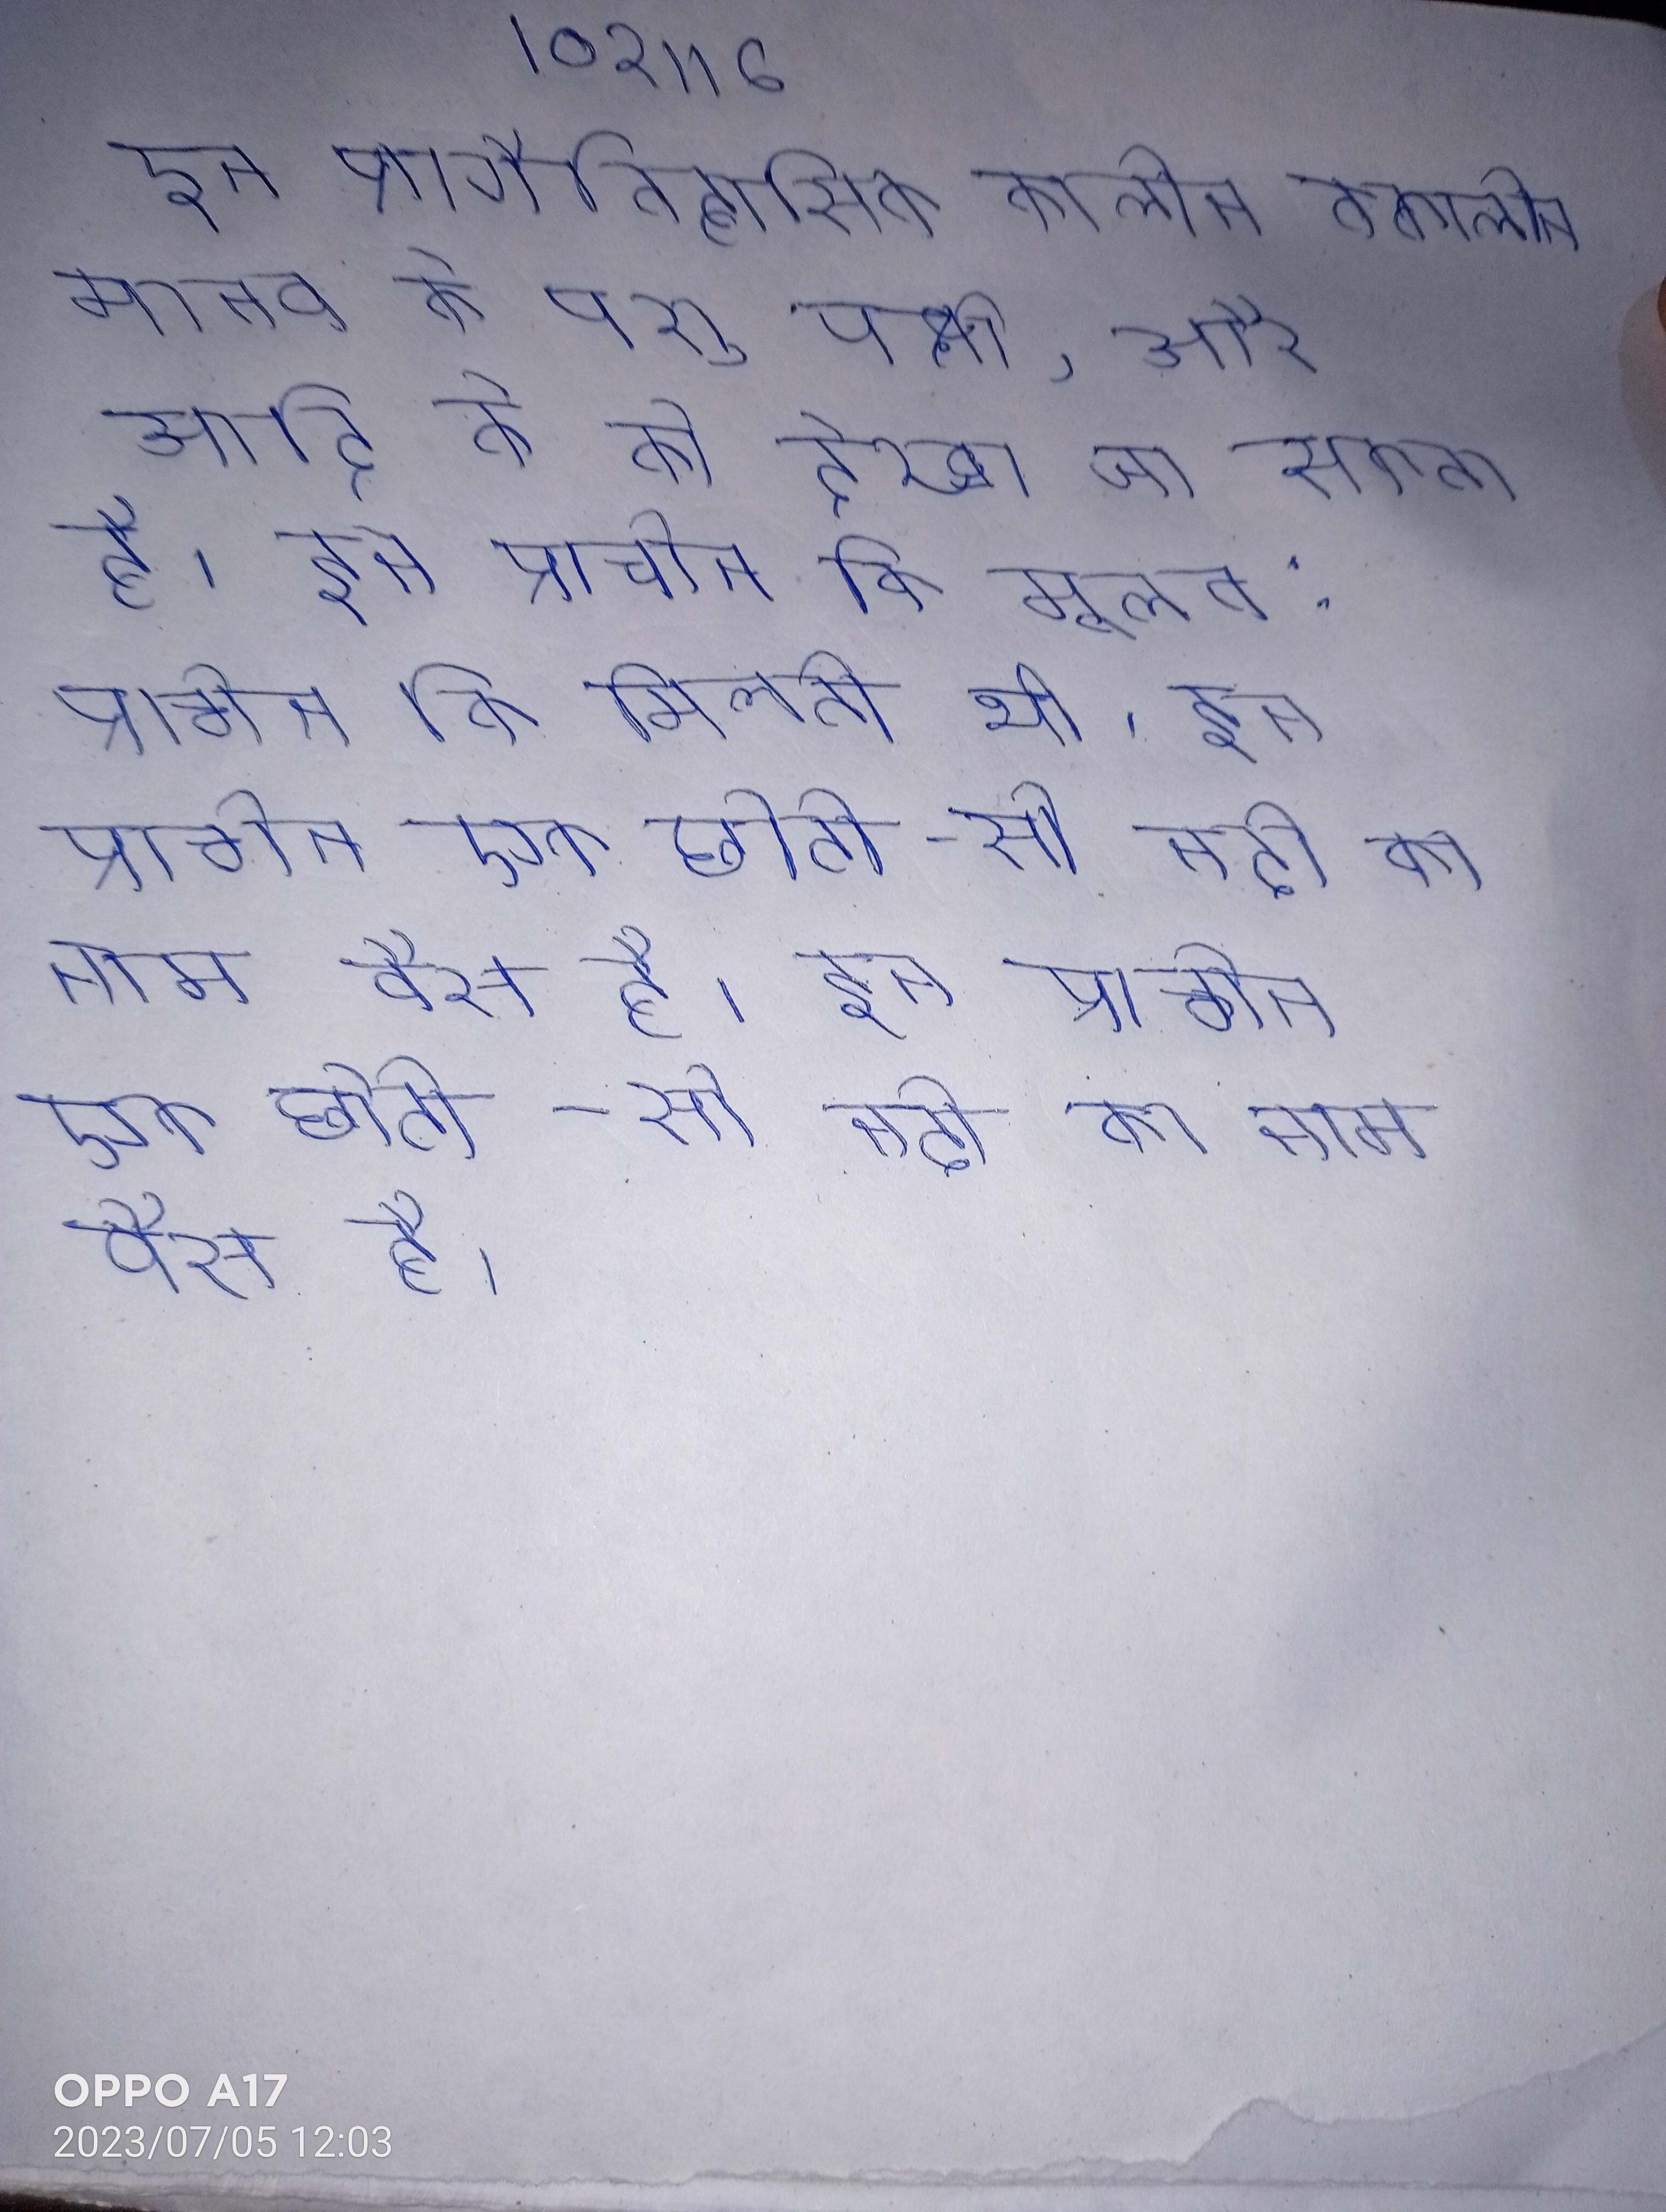
इन प्रागैतिहासिक कालीन तत्कालीन मानव के पशु पक्षी, और आदि के को देखा जा सकता है । इन प्राचीन की मूलत: प्राचीन की मिलती थी । इन प्राचीन एक छोटी- सी नदी का नाम वैस है । इन प्राचीन एक छोटी-सी नदी का नाम वैस है ।